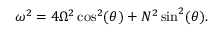
\omega ^ { 2 } = 4 \Omega ^ { 2 } \cos ^ { 2 } ( \theta ) + N ^ { 2 } \sin ^ { 2 } ( \theta ) .